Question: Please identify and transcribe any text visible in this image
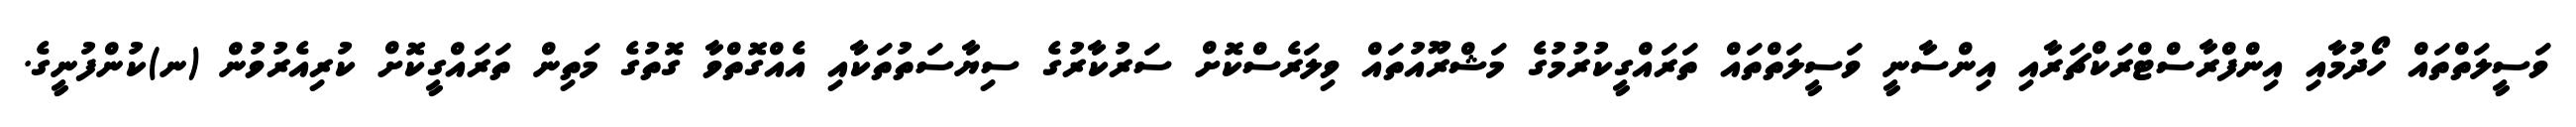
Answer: ވަސީލަތްތައް ހޯދުމާއި އިންފްރާސްޓްރަކްޗަރާއި އިންސާނީ ވަސީލަތްތައް ތަރައްގީކުރުމުގެ މަޝްރޫއުތައް ވިލަރެސްކޮށް ސަރުކާރުގެ ސިޔާސަތުތަކާއި އެއްގޮތްވާ ގޮތުގެ މަތިން ތަރައްގީކޮށް ކުރިއެރުވުން (ނ)ކުންފުނީގެ.